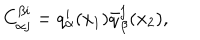
C _ { \alpha j } ^ { \beta i } = q _ { \alpha } ^ { i } ( x _ { 1 } ) \bar { q } _ { \beta } ^ { j } ( x _ { 2 } ) ,